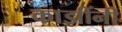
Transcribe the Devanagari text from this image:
काझींनी